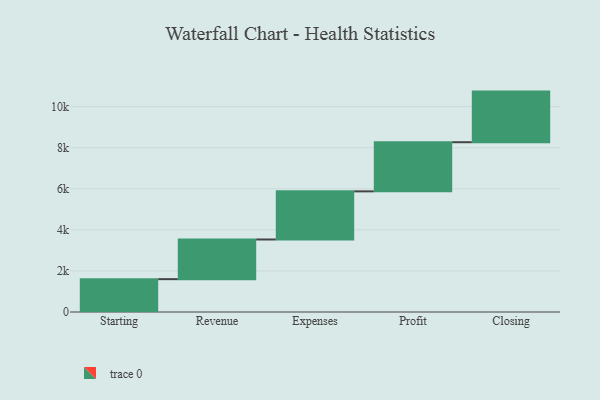
{"axis": {"x": "Step", "y": "Value"}, "legend": [""], "data": [{"x": "Starting", "y": 1599.0, "type": ""}, {"x": "Revenue", "y": 1931.0, "type": ""}, {"x": "Expenses", "y": 2343.0, "type": ""}, {"x": "Profit", "y": 2392.0, "type": ""}, {"x": "Closing", "y": 2464.0, "type": ""}]}